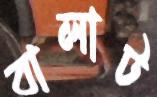
বালাট